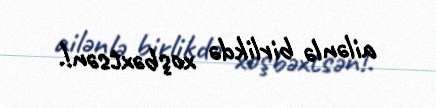
ailənlə birlikdə xoşbəxtsən!.